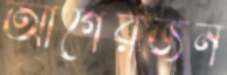
আগেরজন